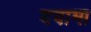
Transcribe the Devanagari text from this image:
दवामा